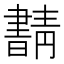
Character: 𰗂